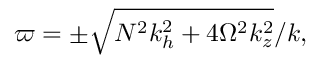
\varpi = \pm \sqrt { N ^ { 2 } k _ { h } ^ { 2 } + 4 \Omega ^ { 2 } k _ { z } ^ { 2 } } / k ,